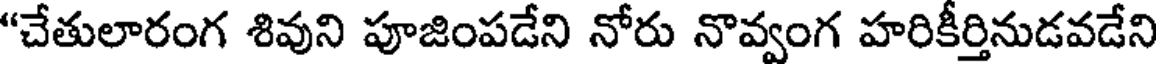
"చేతులారంగ శివుని పూజింపడేని నోరు నొవ్వంగ హరికీర్తినుడవడేని